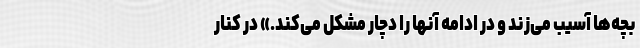
بچه‌ها آسیب می‌زند و در ادامه آنها را دچار مشکل می‌کند.» در کنار